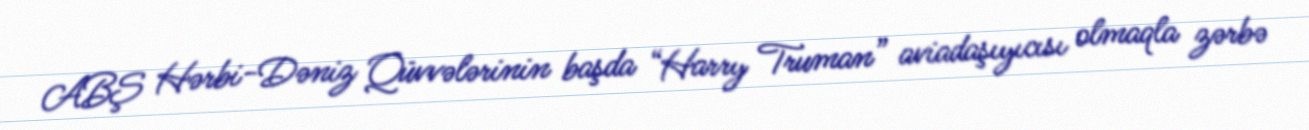
ABŞ Hərbi-Dəniz Qüvvələrinin başda “Harry Truman” aviadaşıyıcısı olmaqla zərbə